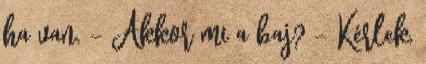
ha van. - Akkor mi a baj? - Kérlek,